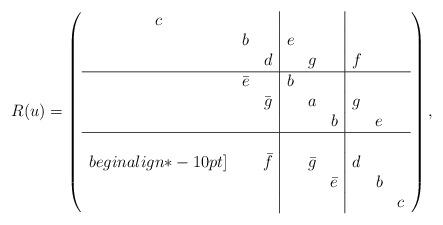
LaTeX: \begin{align*}R(u)=\left(\begin{array}{ccc|ccc|ccc} c & & & & & & & & \\ & b & & e & & & & &\\ & & d & & g & & f & &\\ \hline & \bar{e} & & b & & & & &\\ & & \bar{g}& & a & & g & &\\ & & & & & b & & e &\\ \hline & & & & & & & &\\begin{align*}-10pt] & & \bar{f} & & \bar{g} & & d & &\\ & & & & & \bar{e} & & b &\\ & & & & & & & & c \end{array} \right),\end{align*}